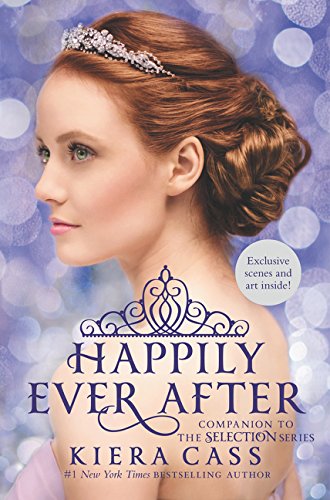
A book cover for Happily Ever After: Companion to the Selection Series (The Selection Novella); Kiera Cass; Teen & Young Adult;